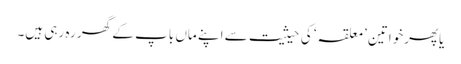
یاپھرخواتین ’معلقہ‘ کی حیثیت سے اپنے ماں باپ کے گھر رہ رہی ہیں۔